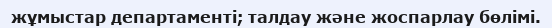
жұмыстар департаменті; талдау және жоспарлау бөлімі.